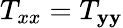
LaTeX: T_{xx}=T_{\mathbf{y}\mathbf{y}}